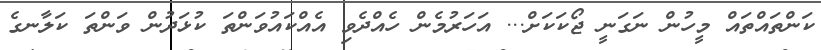
ކަންތައްތައް މީހުން ނަގަނީ ޖޯކަކަށް... އަހަރުމެން ހެއްދެވި އެއްކައުވަންތަ ކުޅަދުން ވަންތަ ކަލާނގެ